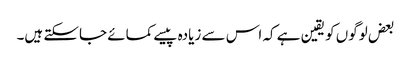
بعض لوگوں کو یقین ہے کہ اس سے زیادہ پیسے کمائے جاسکتے ہیں۔